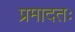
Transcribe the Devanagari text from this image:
प्रमादतः